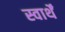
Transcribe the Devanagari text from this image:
स्वार्थें